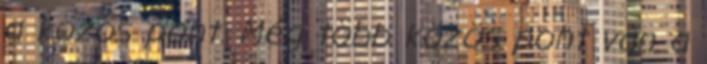
a közös pont. Még több közös pont van a